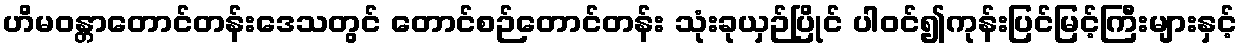
ဟိမဝန္တာတောင်တန်းဒေသတွင် တောင်စဉ်တောင်တန်း သုံးခုယှဉ်ပြိုင် ပါဝင်၍ကုန်းပြင်မြင့်ကြီးများနှင့်